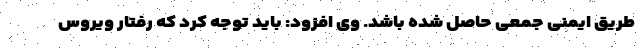
طریق ایمنی جمعی حاصل‌ شده باشد. وی افزود: باید توجه کرد که رفتار ویروس